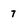
Character: 7